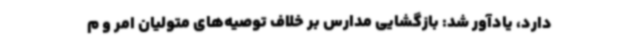
دارد، یادآور شد: بازگشایی مدارس بر خلاف توصیه‌های متولیان امر و م